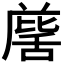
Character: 𮍹